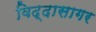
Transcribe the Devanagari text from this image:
विद्दासागर